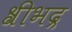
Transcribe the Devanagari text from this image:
श्रीभद्र